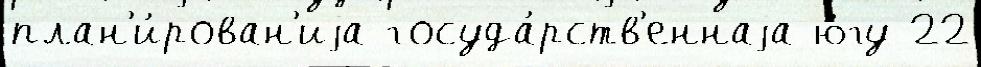
план'и́рован'иjа госуда́рств'еннаjа ю́гу 22